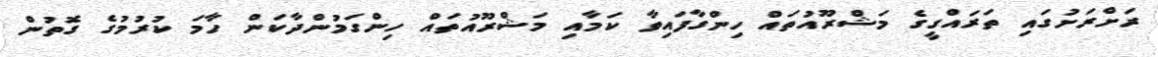
ރަށްރަށުގައި ތަރައްގީގެ މަޝްރޫއުތައް ހިންގާފައިވާ ކަމާއި މަޝްރޫއުތައް ހިންގަމުންދާކަން ހާމަ ކުރުމުގެ ގޮތުން